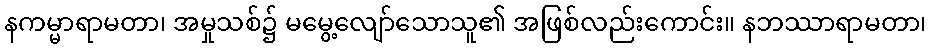
နကမ္မာရာမတာ၊ အမှုသစ်၌ မမွေ့လျော်သောသူ၏ အဖြစ်လည်းကောင်း။ နဘဿာရာမတာ၊